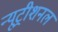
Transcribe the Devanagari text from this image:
न्यूट्रीशनल